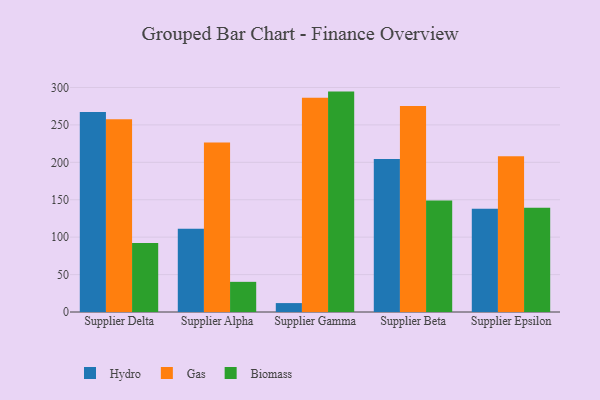
{"axis": {"x": "Supplier", "y": "Churn Rate (%)"}, "legend": ["Biomass", "Gas", "Hydro"], "data": [{"x": "Supplier Delta", "y": 267.2, "type": "Hydro"}, {"x": "Supplier Delta", "y": 257.4, "type": "Gas"}, {"x": "Supplier Delta", "y": 92.1, "type": "Biomass"}, {"x": "Supplier Alpha", "y": 111.4, "type": "Hydro"}, {"x": "Supplier Alpha", "y": 226.5, "type": "Gas"}, {"x": "Supplier Alpha", "y": 40.3, "type": "Biomass"}, {"x": "Supplier Gamma", "y": 11.9, "type": "Hydro"}, {"x": "Supplier Gamma", "y": 286.2, "type": "Gas"}, {"x": "Supplier Gamma", "y": 294.5, "type": "Biomass"}, {"x": "Supplier Beta", "y": 204.3, "type": "Hydro"}, {"x": "Supplier Beta", "y": 275.2, "type": "Gas"}, {"x": "Supplier Beta", "y": 149.1, "type": "Biomass"}, {"x": "Supplier Epsilon", "y": 137.9, "type": "Hydro"}, {"x": "Supplier Epsilon", "y": 208.2, "type": "Gas"}, {"x": "Supplier Epsilon", "y": 139.4, "type": "Biomass"}]}